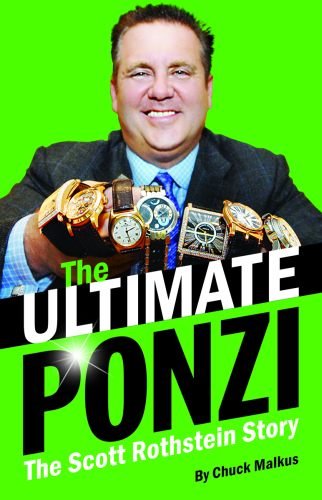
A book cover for Ultimate Ponzi, The: The Scott Rothstein Story; Chuck Malkus; Biographies & Memoirs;